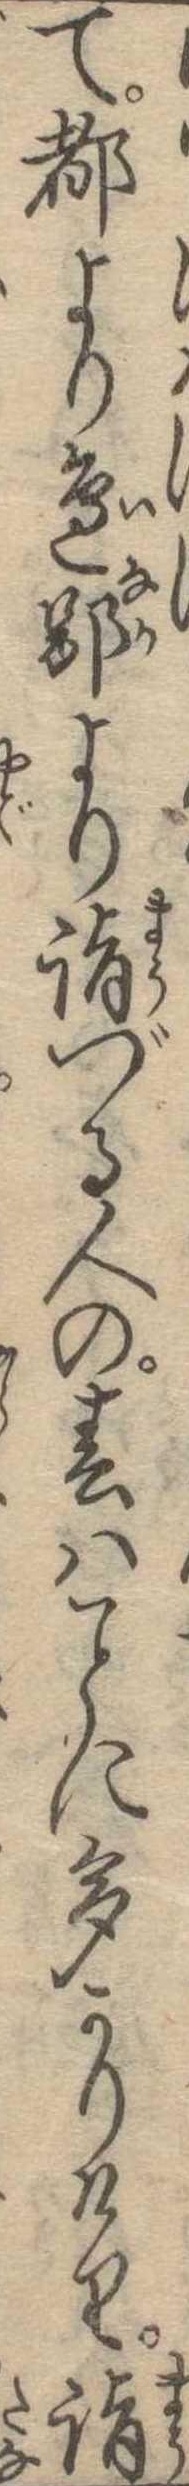
て都より辺鄙より詣づる人の春はに多かりけり詣